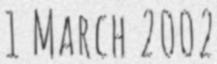
1 March 2002